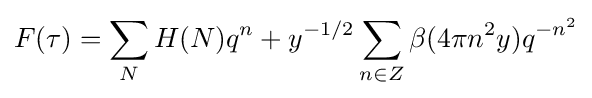
F(\tau )=\sum _{N}H(N)q^{n}+y^{-1/2}\sum _{n\in Z}\beta (4\pi n^{2}y)q^{-n^{2}}